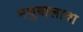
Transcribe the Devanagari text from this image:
मधुबालाचा